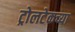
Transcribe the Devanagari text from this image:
ट्रोलटेकच्या